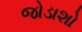
જોડાશો